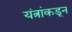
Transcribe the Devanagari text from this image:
यंत्रांकडून